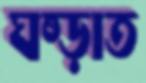
ঘষ্‌ড়াত